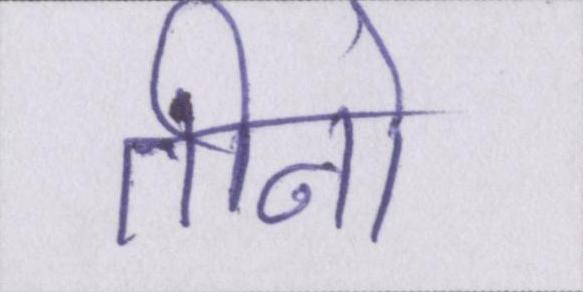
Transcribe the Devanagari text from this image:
तीनो